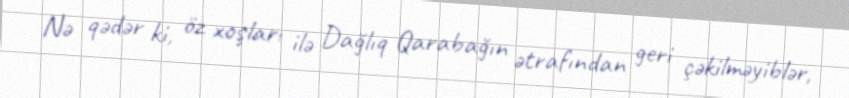
Nə qədər ki, öz xoşları ilə Dağlıq Qarabağın ətrafından geri çəkilməyiblər,